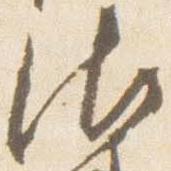
御